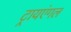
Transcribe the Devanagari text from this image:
ट्रायएंगल